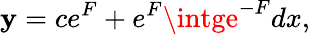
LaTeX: \mathbf{y}=ce^{F}+e^{F}\intge^{-F}dx,